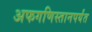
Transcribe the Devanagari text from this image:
अफगणिस्तानपर्यंत